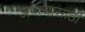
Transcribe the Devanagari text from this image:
अपत्यासाठी